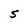
Character: S